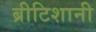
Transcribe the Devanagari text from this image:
ब्रीटिशानी